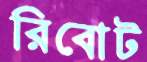
রিবোট